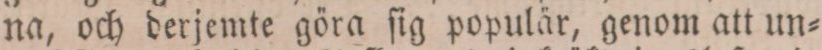
na, och derjemte göra ſig populär, genom att un=